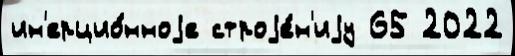
ин'ерцио́нноjе строjе́н'иjу 65 2022